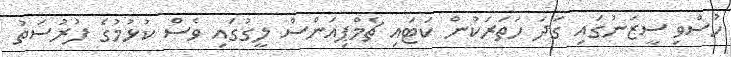
ހުސްވި ސީޒަނުގައި ގަދަ ހަތަރަކުން ކަޓައި ޗެމްޕިއަންސް ލީގުގައި ވެސް ކުޅުމުގެ ފުރުސަތު